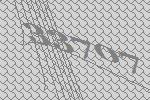
33707